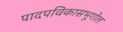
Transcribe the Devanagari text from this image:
पादपविकासभूगोल